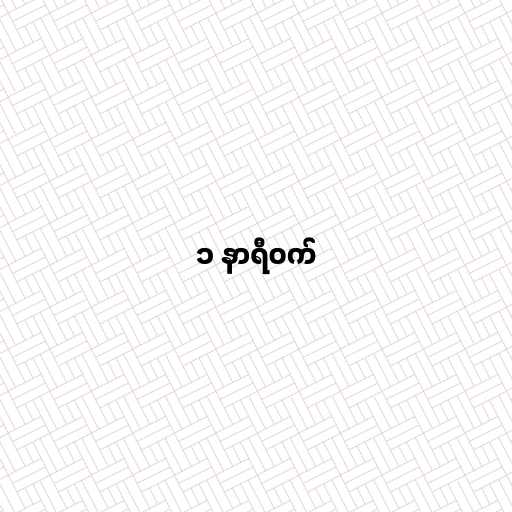
၁ နာရီဝက်